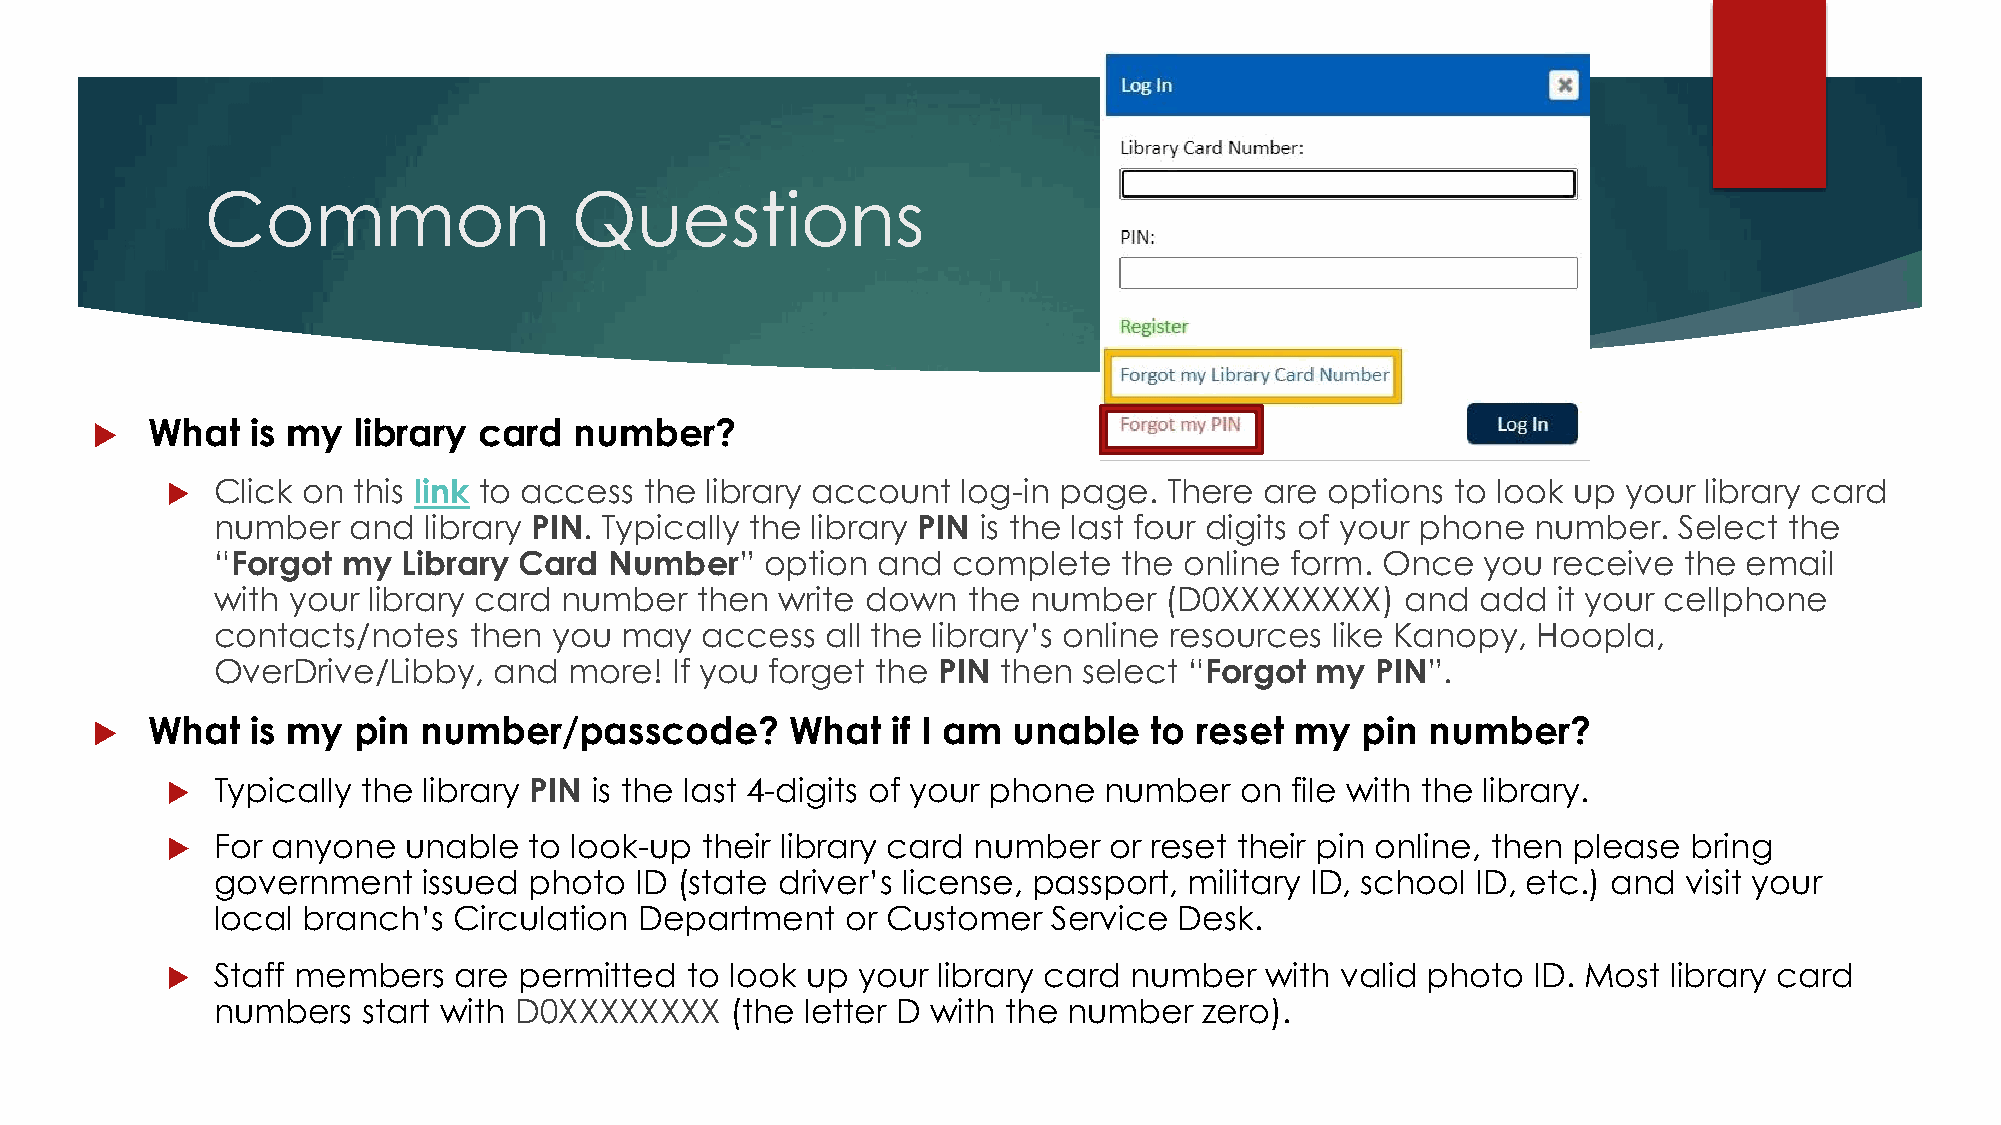
Common                  Questions
    What   is my library  card  number?
   Click on this link to access the library account  log-in page. There  are options to look up  your library card
 number   and  library PIN. Typically the library PIN is the last four digits of your phone number. Select the
 “Forgot  my  Library Card Number”    option and  complete   the online form. Once   you  receive the  email
 with your library card number   then  write down  the number   (D0XXXXXXXX)    and  add  it your cellphone
 contacts/notes   then  you may  access   all the library’s online resources like Kanopy, Hoopla,
 OverDrive/Libby,   and  more! If you forget the PIN then  select “Forgot my  PIN”.
    What   is my pin  number/passcode?        What   if I am unable   to reset  my  pin  number?
   Typically the library PIN is the last 4-digits of your phone number on file with the library.
   For anyone   unable  to look-up their library card number  or reset their pin online, then please bring
 government    issued photo  ID (state driver’s license, passport, military ID, school ID, etc.) and visit your
 local branch’s  Circulation Department    or Customer   Service Desk.
   Staff members   are permitted  to look up  your library card number   with valid photo  ID. Most library card
 numbers   start with D0XXXXXXXX   (the letter D with the number   zero).